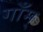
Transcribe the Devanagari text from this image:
गाँम्